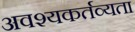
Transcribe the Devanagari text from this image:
अवश्यकर्तव्यता